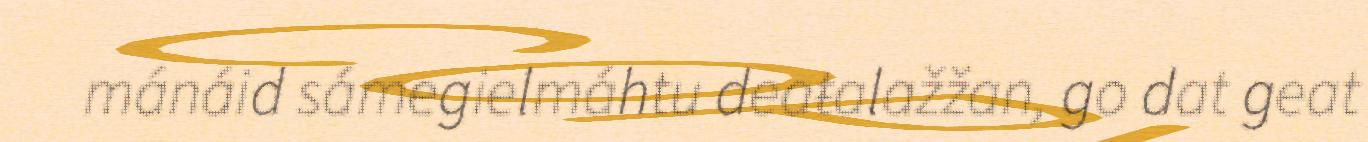
mánáid sámegielmáhtu deaŧalažžan, go dat geat